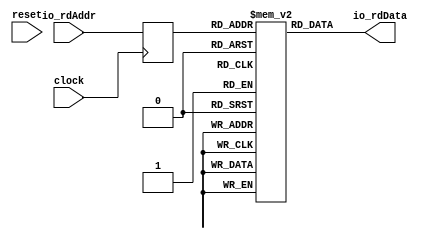
module SimpleSMemROM(
  input        clock,
  input        reset,
  input  [3:0] io_rdAddr,
  output [7:0] io_rdData
);
`ifdef RANDOMIZE_MEM_INIT
  reg [31:0] _RAND_0;
`endif // RANDOMIZE_MEM_INIT
`ifdef RANDOMIZE_REG_INIT
  reg [31:0] _RAND_1;
`endif // RANDOMIZE_REG_INIT
  reg [7:0] mem [0:15]; // @[SimpleSMemROM.scala 17:17]
  wire  mem__T_11_en; // @[SimpleSMemROM.scala 17:17]
  wire [3:0] mem__T_11_addr; // @[SimpleSMemROM.scala 17:17]
  wire [7:0] mem__T_11_data; // @[SimpleSMemROM.scala 17:17]
  reg [3:0] mem__T_11_addr_pipe_0;
  assign mem__T_11_en = 1'h1;
  assign mem__T_11_addr = mem__T_11_addr_pipe_0;
  assign mem__T_11_data = mem[mem__T_11_addr]; // @[SimpleSMemROM.scala 17:17]
  assign io_rdData = mem__T_11_data; // @[SimpleSMemROM.scala 44:13]
  always @(posedge clock) begin
    mem__T_11_addr_pipe_0 <= io_rdAddr;
  end
// Register and memory initialization
`ifdef RANDOMIZE_GARBAGE_ASSIGN
`define RANDOMIZE
`endif
`ifdef RANDOMIZE_INVALID_ASSIGN
`define RANDOMIZE
`endif
`ifdef RANDOMIZE_REG_INIT
`define RANDOMIZE
`endif
`ifdef RANDOMIZE_MEM_INIT
`define RANDOMIZE
`endif
`ifndef RANDOM
`define RANDOM $random
`endif
`ifdef RANDOMIZE_MEM_INIT
  integer initvar;
`endif
`ifndef SYNTHESIS
`ifdef FIRRTL_BEFORE_INITIAL
`FIRRTL_BEFORE_INITIAL
`endif
initial begin
  `ifdef RANDOMIZE
    `ifdef INIT_RANDOM
      `INIT_RANDOM
    `endif
    `ifndef VERILATOR
      `ifdef RANDOMIZE_DELAY
        #`RANDOMIZE_DELAY begin end
      `else
        #0.002 begin end
      `endif
    `endif
`ifdef RANDOMIZE_MEM_INIT
  _RAND_0 = {1{`RANDOM}};
  for (initvar = 0; initvar < 16; initvar = initvar+1)
    mem[initvar] = _RAND_0[7:0];
`endif // RANDOMIZE_MEM_INIT
`ifdef RANDOMIZE_REG_INIT
  _RAND_1 = {1{`RANDOM}};
  mem__T_11_addr_pipe_0 = _RAND_1[3:0];
`endif // RANDOMIZE_REG_INIT
  `endif // RANDOMIZE
end // initial
`ifdef FIRRTL_AFTER_INITIAL
`FIRRTL_AFTER_INITIAL
`endif
`endif // SYNTHESIS
endmodule